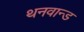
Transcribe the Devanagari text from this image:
थनवान्ड